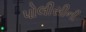
પોલીસીની